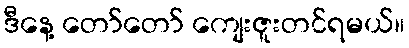
ဒီနေ့ တော်တော် ကျေးဇူးတင်ရမယ်။